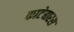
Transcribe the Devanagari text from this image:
काटेबारस